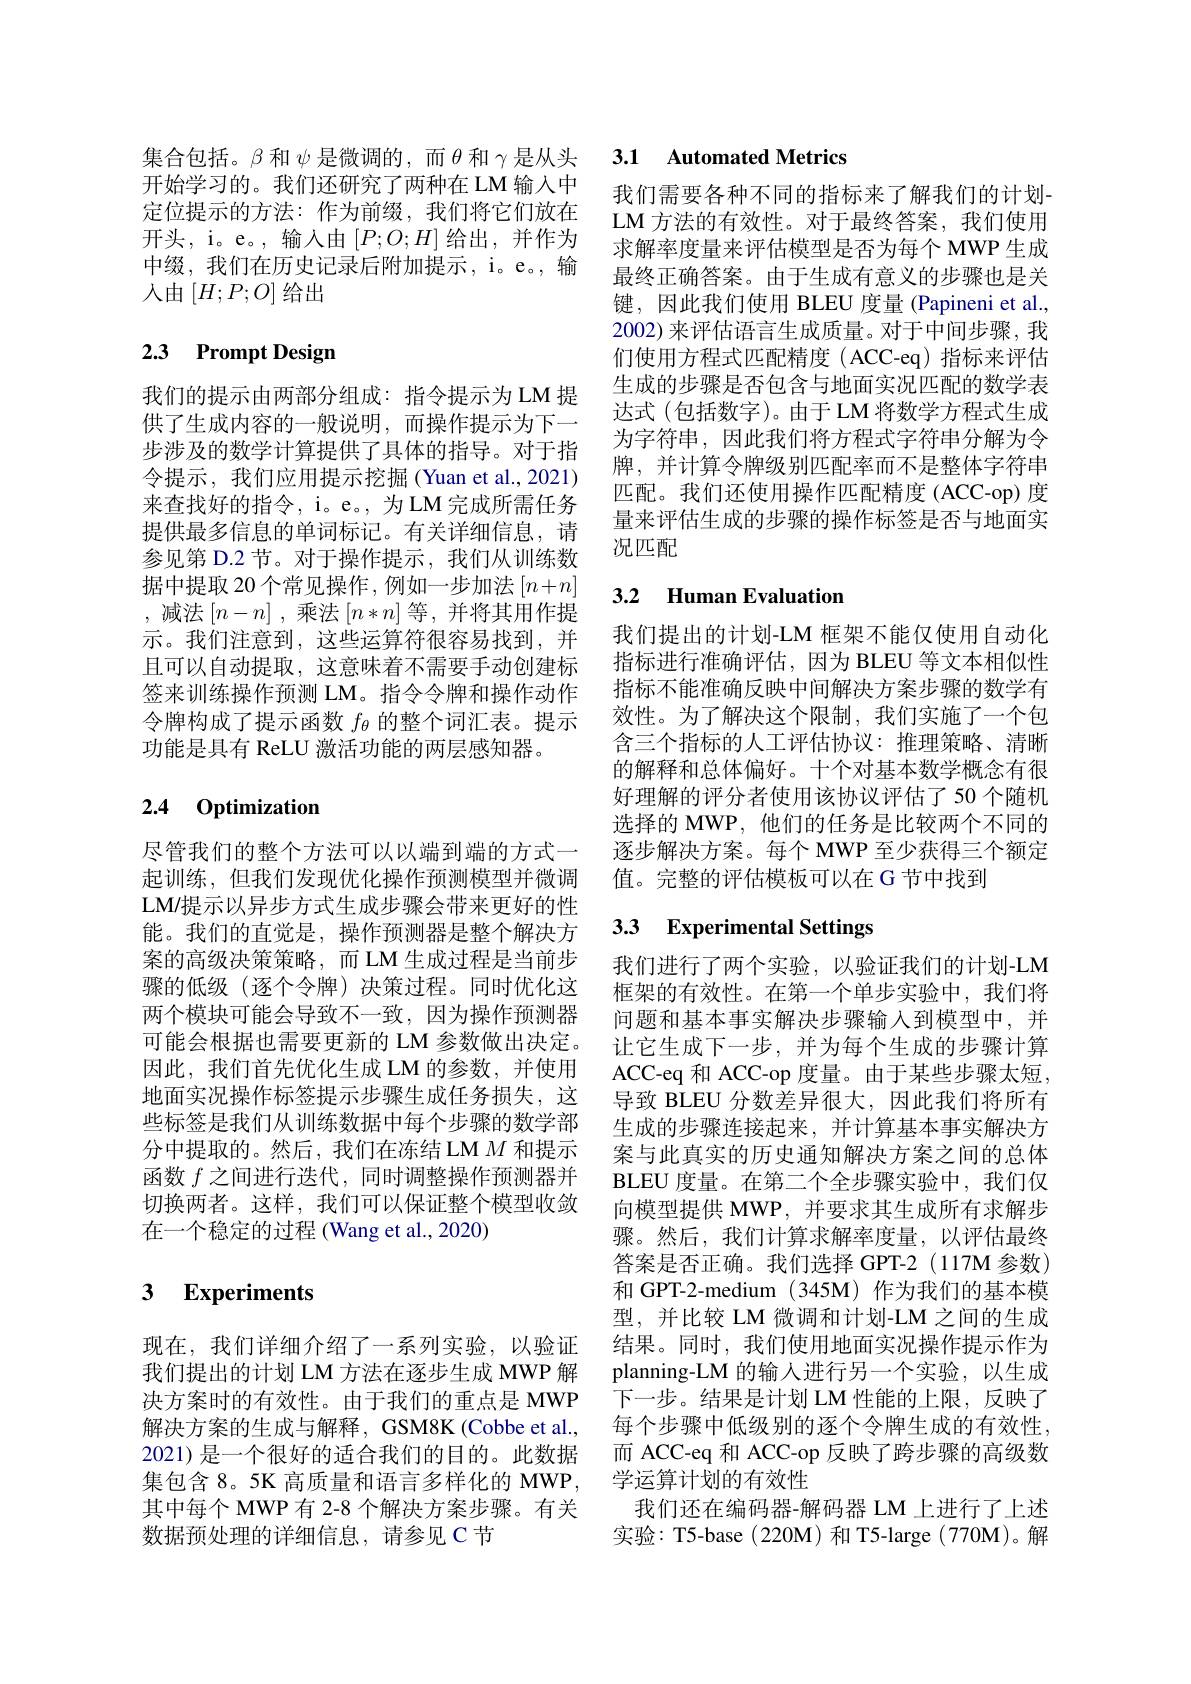
开始学习的。我们还研究了两种在 LM 输入中 我们需要各种不同的指标来了解我们的计划定位提示的方法：作为前缀，我们将它们放在 LM 方法的有效性。对于最终答案，我们使用开头，i。e。,输入由$\left[P;O;H\right]$给出，并作为中缀，我们在历史记录后附加提示，i。e。,输入由$\left[H;P;O\right]$给出

# 2.3 Prompt Design

我们的提示由两部分组成：指令提示为LM 提供了生成内容的一般说明，而操作提示为下一步涉及的数学计算提供了具体的指导。对于指令提示，我们应用提示挖掘(Yuan et al.,2021) 来查找好的指令，i。e。, 为LM 完成所需任务提供最多信息的单词标记。有关详细信息，请参见第 D.2 节。对于操作提示，我们从训练数据中提取 20 个常见操作，例如一步加法$[n+n]$ ,减法$[n-n]$ ,乘法$[n*n]$等 ,并将其用作提示。我们注意到，这些运算符很容易找到，并且可以自动提取，这意味着不需要手动创建标签来训练操作预测 LM。指令令牌和操作动作令牌构成了提示函数$f_\theta$的整个词汇表。提示功能是具有 ReLU 激活功能的两层感知器。

## 2.4 0ptimization

尽管我们的整个方法可以以端到端的方式一起训练，但我们发现优化操作预测模型并微调LM/提示以异步方式生成步骤会带来更好的性能。我们的直觉是，操作预测器是整个解决方案的高级决策策略，而 LM 生成过程是当前步骤的低级(逐个令牌)决策过程。同时优化这两个模块可能会导致不一致，因为操作预测器可能会根据也需要更新的 LM 参数做出决定。因此，我们首先优化生成 LM 的参数，并使用地面实况操作标签提示步骤生成任务损失，这些标签是我们从训练数据中每个步骤的数学部分中提取的。然后，我们在冻结 LM $M$和提示函数$f$之间进行迭代，同时调整操作预测器并切换两者。这样，我们可以保证整个模型收敛在一个稳定的过程 (Wang et al., 2020)

### 3 $\textbf{Experiments}$

现在，我们详细介绍了一系列实验，以验证
数据预处理的详细信息，请参见 C 节

# 集合包括。$\beta$和$\psi$是微调的，而$\theta$和$\gamma$是从头 3.1 Automated Metrics

求解率度量来评估模型是否为每个 MWP 生成最终正确答案。由于生成有意义的步骤也是关键，因此我们使用 BLEU 度量 (Papineni et al., 2002) 来评估语言生成质量。对于中间步骤，我们使用方程式匹配精度(ACC-eq)指标来评估生成的步骤是否包含与地面实况匹配的数学表达式(包括数字)。由于LM 将数学方程式生成为字符串，因此我们将方程式字符串分解为令牌，并计算令牌级别匹配率而不是整体字符串匹配。我们还使用操作匹配精度(ACC-op)度量来评估生成的步骤的操作标签是否与地面实况匹配

## 3.2 Human Evaluation

我们提出的计划-LM 框架不能仅使用自动化指标进行准确评估，因为 BLEU 等文本相似性指标不能准确反映中间解决方案步骤的数学有效性。为了解决这个限制，我们实施了一个包含三个指标的人工评估协议：推理策略、清晰的解释和总体偏好。十个对基本数学概念有很好理解的评分者使用该协议评估了50个随机选择的 MWP, 他们的任务是比较两个不同的逐步解决方案。每个 MWP 至少获得三个额定值。完整的评估模板可以在 G 节中找到

# 3.3 Experimental Settings

我们进行了两个实验，以验证我们的计划-LM 框架的有效性。在第一个单步实验中，我们将问题和基本事实解决步骤输入到模型中，并让它生成下一步，并为每个生成的步骤计算ACC-eq 和 ACC-op 度量。由于某些步骤太短， 导致 BLEU 分数差异很大，因此我们将所有生成的步骤连接起来，并计算基本事实解决方案与此真实的历史通知解决方案之间的总体BLEU 度量。在第二个全步骤实验中，我们仅向模型提供 MWP, 并要求其生成所有求解步骤。然后，我们计算求解率度量，以评估最终答案是否正确。我们选择 GPT-2(117M 参数) 和 GPT-2-medium (345M) 作为我们的基本模型，并比较 LM 微调和计划-LM 之间的生成结果。同时，我们使用地面实况操作提示作为
我们提出的计划 LM 方法在逐步生成 MWP 解 planning-LM 的输人进行另一个实验，以生成决方案时的有效性。由于我们的重点是 MWP 下一步。结果是计划 LM 性能的上限，反映了解决方案的生成与解释，GSM8K (Cobbe et al., 每个步骤中低级别的逐个令牌生成的有效性， 2021) 是一个很好的适合我们的目的。此数据 而 ACC-eq 和 ACC-op 反映了跨步骤的高级数集包含 8。5K 高质量和语言多样化的 MWP, 学运算计划的有效性
其中每个 MWP有 2-8 个解决方案步骤。有关   我们还在编码器-解码器 LM 上进行了上述
实验：T5-base $(220\mathbf{M})$和 T5-large $(770\mathbf{M})$。解